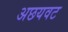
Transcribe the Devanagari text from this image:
अछयवट